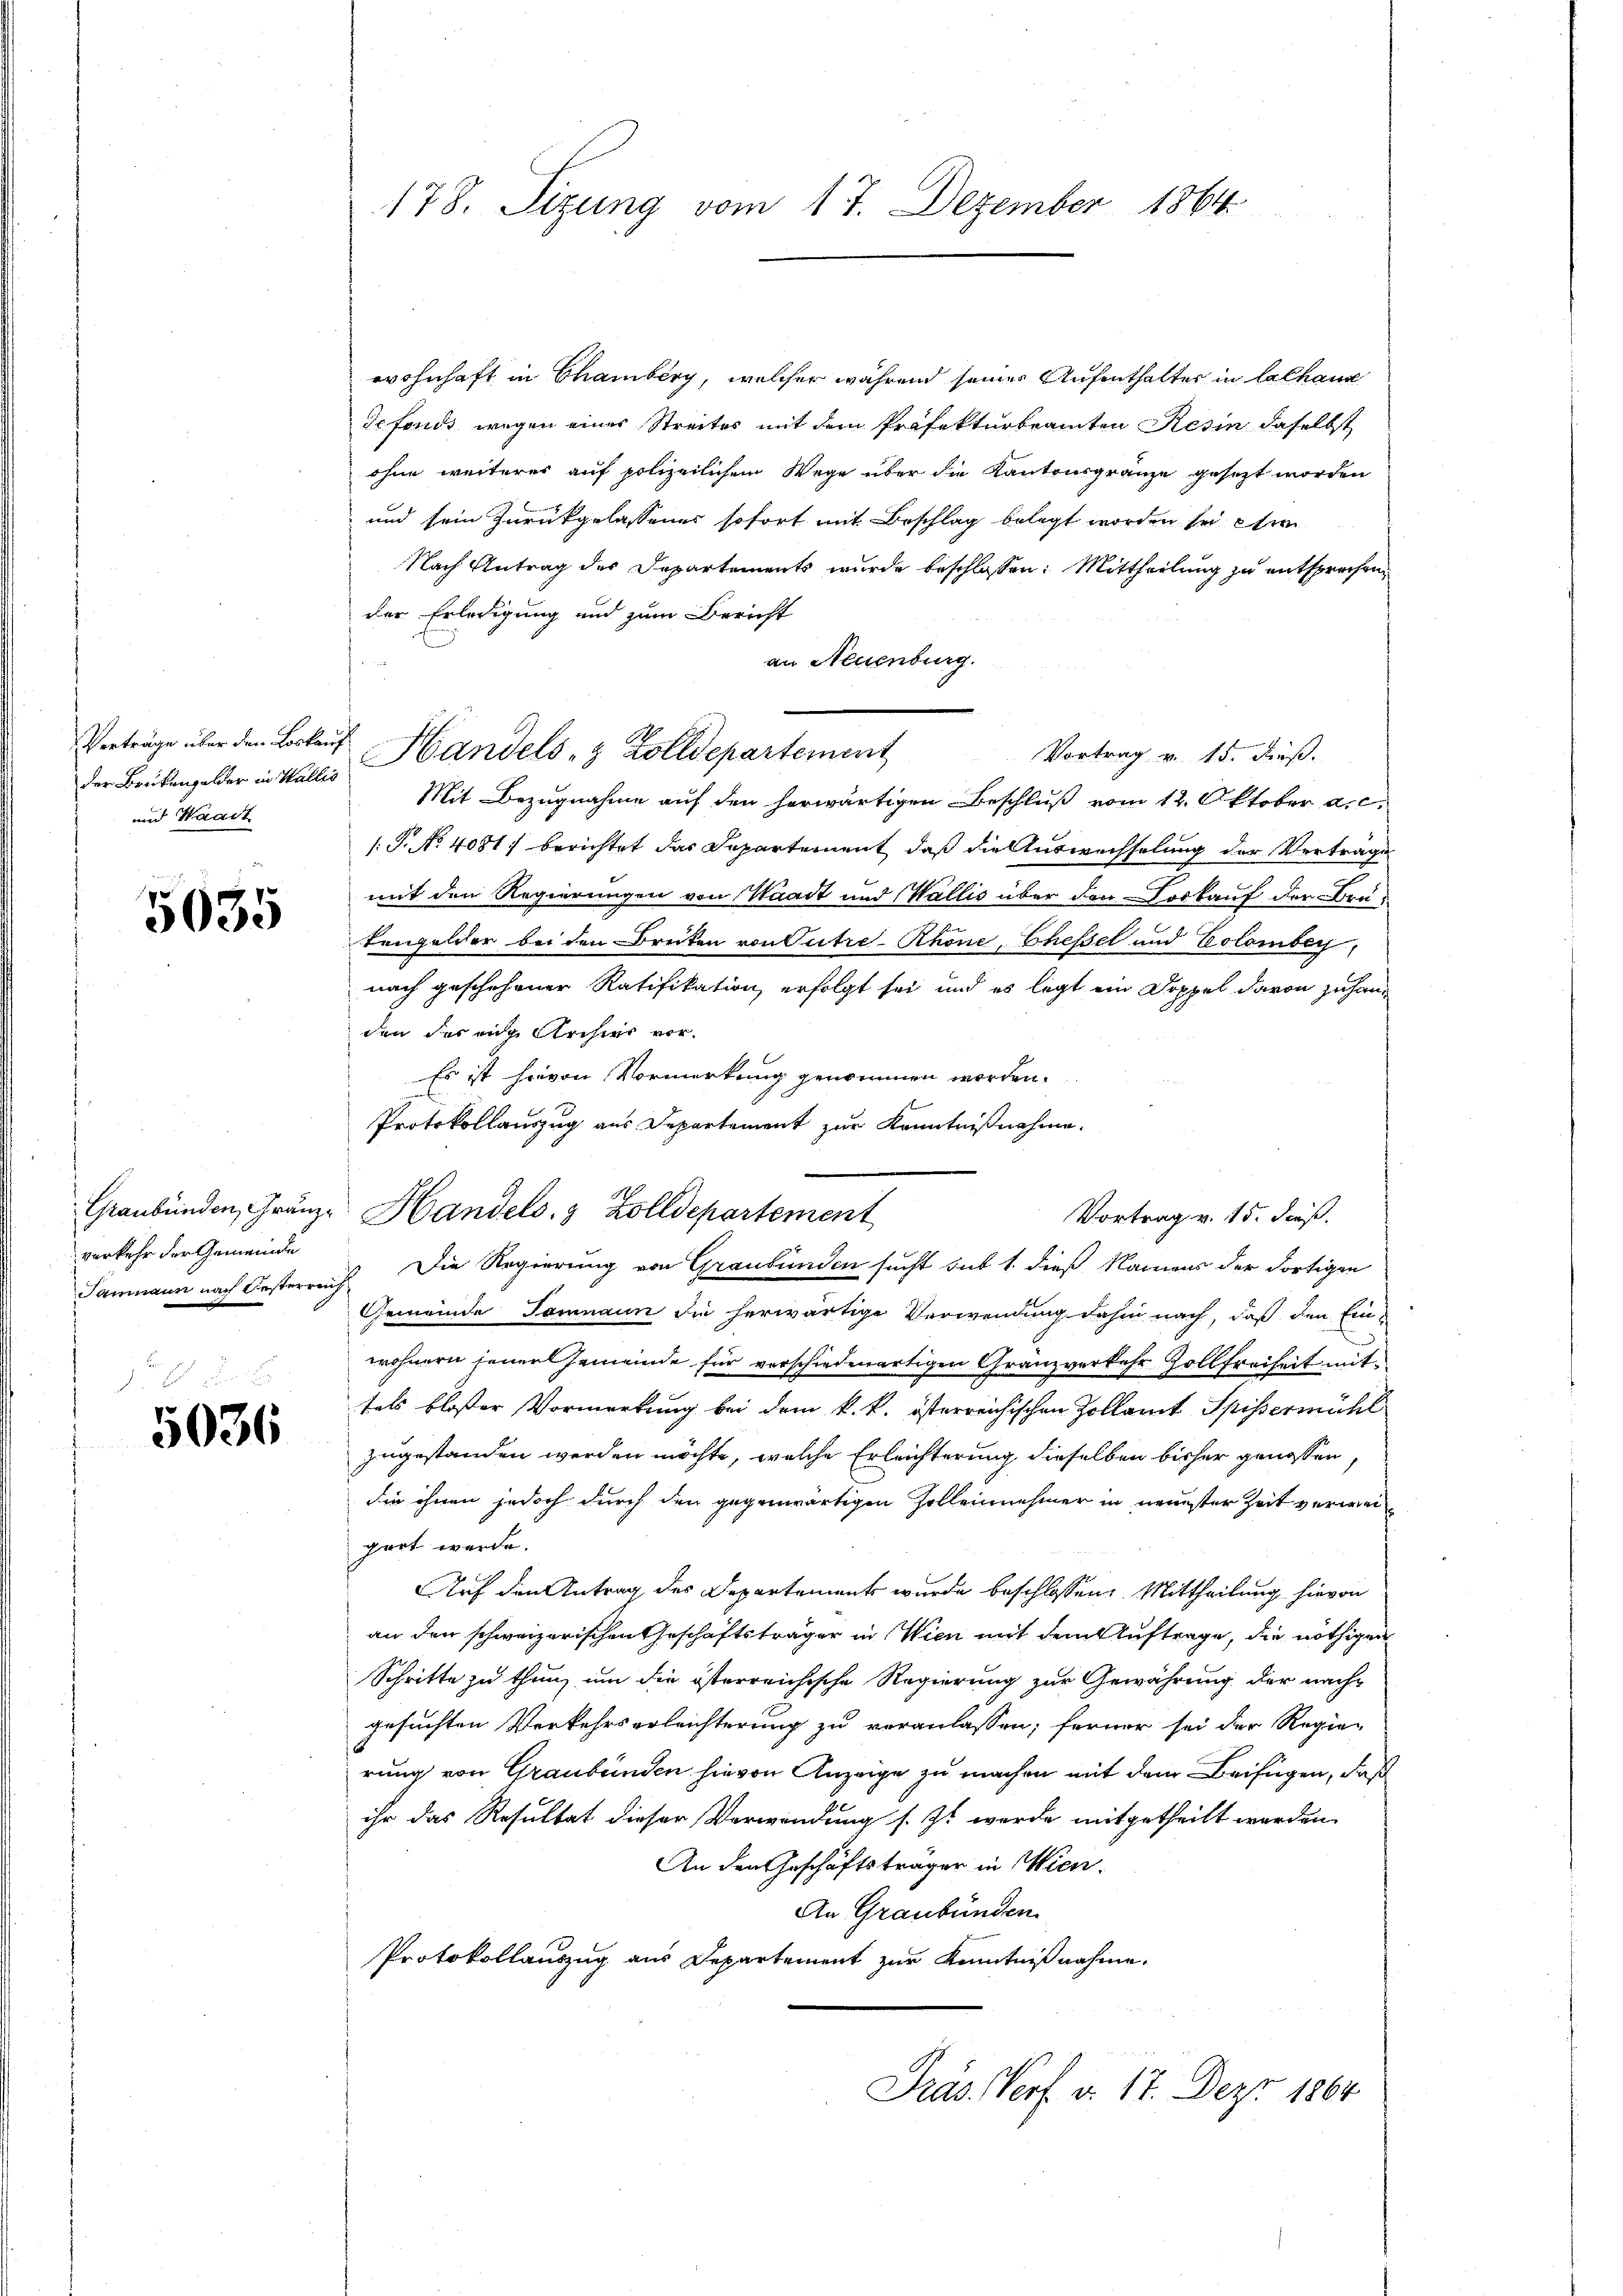
Verträge über den Locken,
der Brükengelder in Wallis
und Waadt

5635

Graubünden, Gränzverkehr der Gemeinde
Samnaun nach Oesterren,

5036

178. Sizung vom 17. Dezember 1864.

wohnhaft in Chamberg, welcher während seines Aufenthalter in lalhaus
defonds wegen eines Streites mit dem Präfekturbeamten Resin daselbst
ohne weiteres auf polizeilichem Wege über die Kantonsgränze gesezt worden
und sein Zurückgelassenes sofort mit Beschlag belegt worden sei en
Nach Antrag des Departements wurde beschlossen: Mittheilung zu entsprechen
der Erledigung und zum Bericht
an Neuenburg.
 Handels- & Zolldepartement
Vortrag v. 15. dieß.
Mit Bezugnahme auf den herwärtigen Beschluß vom 12. Oktober a.c.
/: P. No 4081. berichtet das Departement, daß die Auswechselung der Verträge
mit den Regierungen von Waadt und Wallis über den Vorkauf der Brud
tengelder bei den Breiten von Tutre-Rhone, Chessel und Colomber
nach geschehener Ratifikation erfolgt sei, und es legt ein Doppel davon zu handen des eige Archive vor¬
Es ist hievon Vormerkung genommen worden.
Protokollauszug aus Departement zur Kenntnißnahme.
Handels- & Zolldepartement
 Die Regierung von Graubünden sucht sub 1. dieß Namens der dortigen
Gemeinde Samnaun die herwärtige Verwendung dahin nach, daß den Einwohnern jener Gemeinde für verschiedenartigen Gränzverkehr Zollfreiheit mit
fals bloßer Vormerkung bei dem k. k. österreichischen Zollamt Spissermühl
zugestanden werden möchte, welche Erleichterung dieselben bisher genossen,
die ihnen jedoch durch den gegenwärtigen Zolleinehmer in neuester Zeit verwei
gert werde.
Auf den Antrag des Departement wurde beschlossen: Mittheilung hievon
an den schweizerischen Geschäftsträger in Wien mit dem Auftrage, die nöthigen
Schritte zu thun, um die österreichische Regierung zur Gewährung der nachgesuchten Verkehrserleichterung zu veranlassen; ferner sei der Regierung von Graubünden hievon Anzeige zu machen mit dem Beifügen, daß
ihr das Resultat dieser Verwendung s. Ist werde mitgetheilt worden.
An den Geschäftsträger in Wien.
An Graubünden.
Protokollauszug aus Departement zur Kenntnißnahme,
Präs. Vorf v. 17. Dez. 1864

Vortrag v. 15. Fuß.